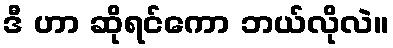
ဒီ ဟာ ဆိုရင်ကော ဘယ်လိုလဲ။